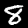
Label: 8